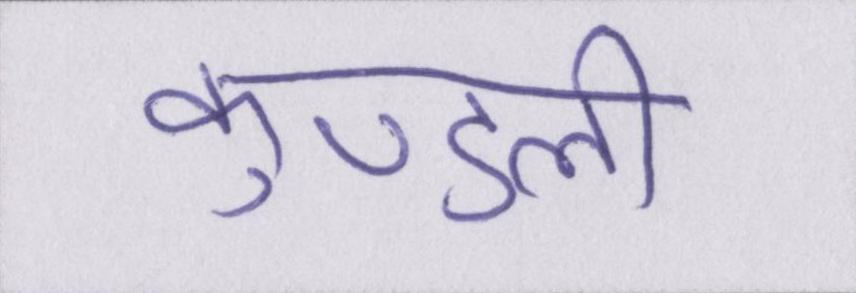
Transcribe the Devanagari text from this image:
कुण्डली